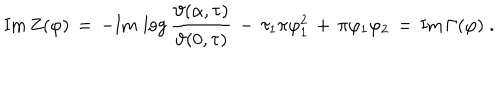
LaTeX: \mathrm { I m } \, Z ( \varphi ) \, = \, - \mathrm { I m } \, \log \frac { \vartheta ( \alpha , \tau ) } { \vartheta ( 0 , \tau ) } \, - \, \tau _ { 1 } \pi \varphi _ { 1 } ^ { 2 } \, + \, \pi \varphi _ { 1 } \varphi _ { 2 } \, = \, \mathrm { I m } \, \Gamma ( \varphi ) \; .